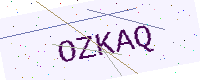
Text: OZKAQ